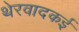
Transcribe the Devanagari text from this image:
थेरवादकई